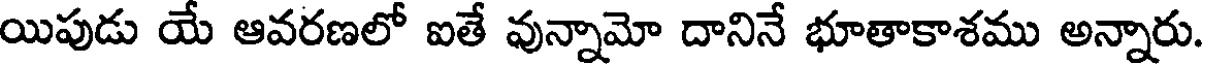
యిపుడు యే ఆవరణలో ఐతే వున్నామో దానినే భూతాకాశము అన్నారు.